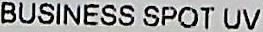
BUSINESS SPOT UV